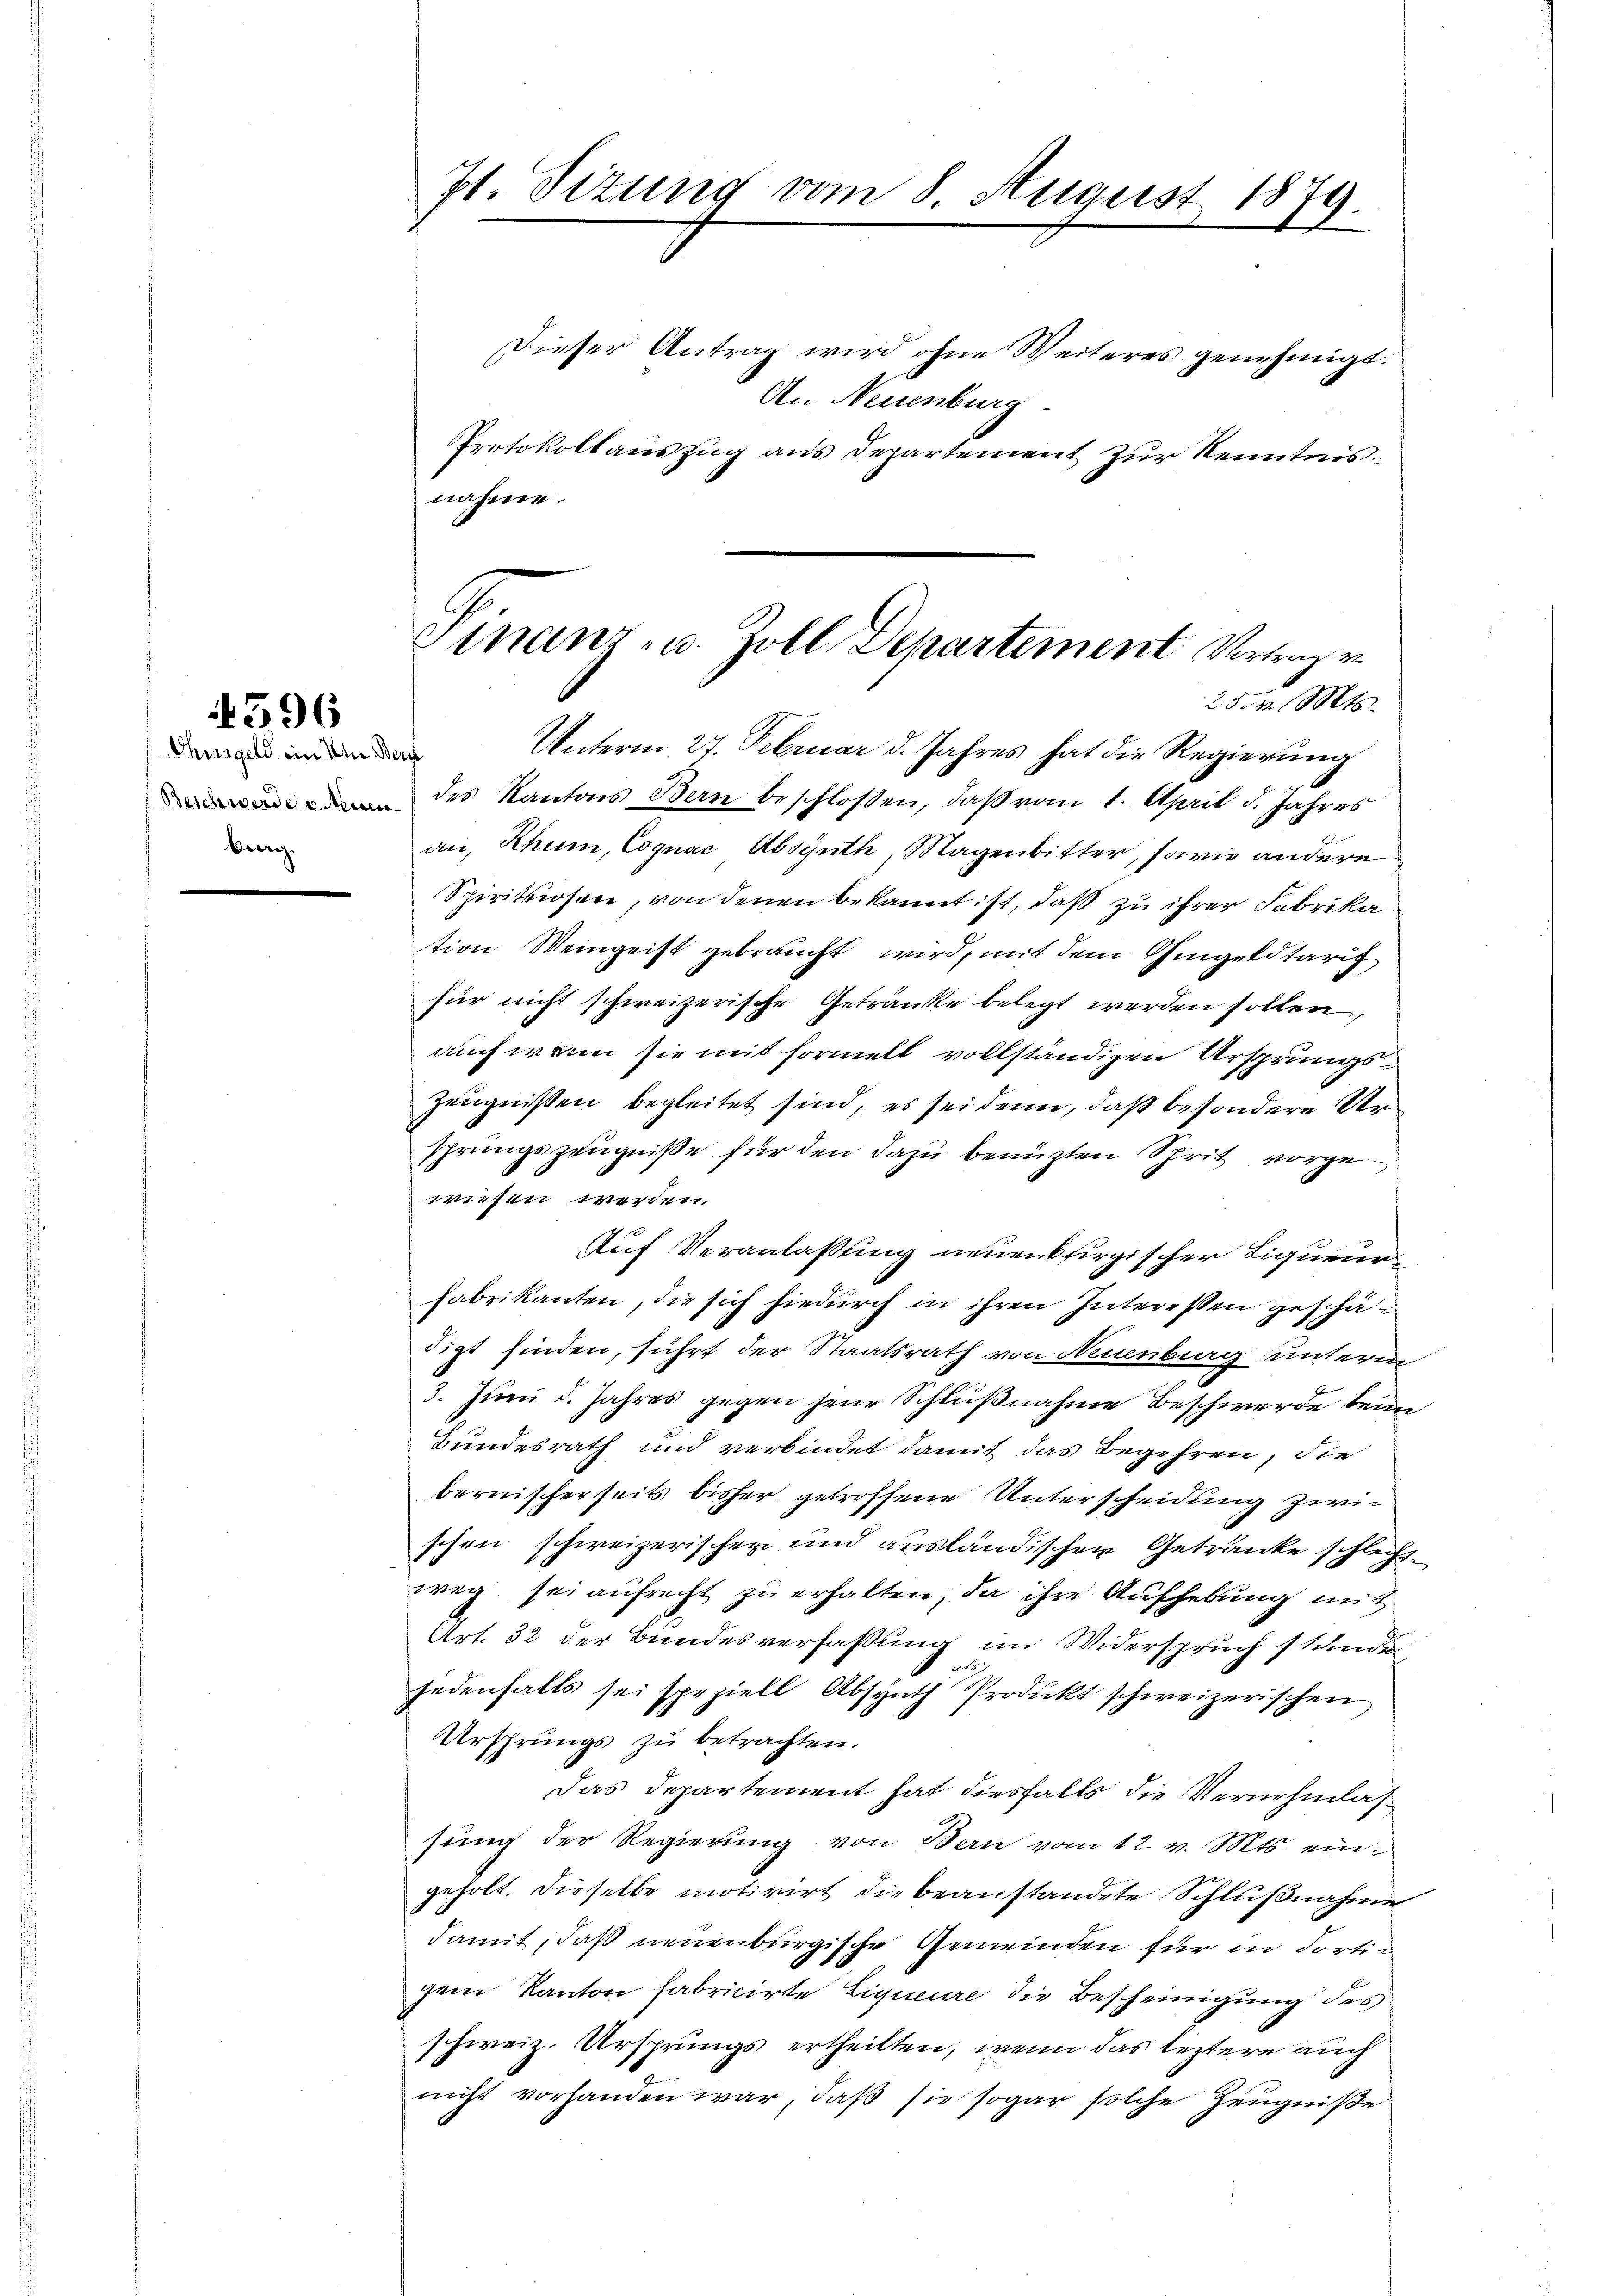
4396

Ohmgeld ein den Bern
burg

7t. Sizung vom 8. August 1879.

Dieser Antrag wird ohne Weiteres genehmigt.
An Neuenburg
Protokollauszug aus Departement zur Kenntnis
nahme.

Finanz- u. Zoll Departement Vortrag v.
250r. Mts.

Unterm 27. Februar d. Jahres hat die Regierung
des Kantons Bern beschlossen, daß vom 1. April d. Jahres
an, Rhum, Cognac, Absynth, Magenbitter, sowie andere
Spirituosen, von denen bekannt ist, daß zu ihrer Fabrika
tion Weingeist gebraucht wird, mit dem Gingeldtarif
für nicht schweizerische Getränke belegt werden sollen,
auch wenn sie mit Formell vollständigen Ursprungs¬
Zeugnißen begleitet sind, es sei denn, daß besondere Ursprungszeugniße für den dazu benuzten Sprit vorge
wiesen werden.
Auf Veranlaßung neuenkfirgischer Liqueurfabrikanten, die sich hiedurch in ihren Intereßen geschädigt finden, führt der Staatsrath von Neuenburg unterm
3. Juni d. Jahres gegen jene Schlußnahme Beschwerde beim
Bundesrath und verbindet damit das Begehren, die
bernischerseits bisher getroffene Unterscheidung zwischen schweizerischen und ausländischen Getränke schlecht
weg sei aufrecht zu erhalten, da ihre Aufhebung mit
Art. 32 der Bundesverfassung im Widerspruch stande

.
jedenfalls sei speziell Absynth Produkt schweizerischen
Ursprungs zu betrachten.
Das Departement hat diesfalls die Vernehmlassung der Regierung von Bern vom 12. v. Mts. eingeholt. Dieselbe motivirt die beanstandete Schlußnahme
damit, daß neuenburgische Gemeinden für in dortig
gem Kanton fabricirte Liqueure die Bescheinigung des
schweiz. Ursprungs ertheilten, wenn das leztere auch
nicht vorhanden war, daß sie sogar solche Zeugniße